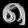
Digit: ၈